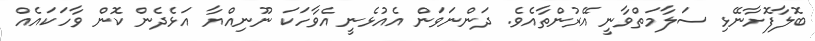
ބޮލާފޮށާނޭޅި ސަލާމަތްވާނީ އޭރުންތާއެވެ. ދަންނަވަން އެއުޅެނީ އެވާހަކަ ނޫނިއްޔާ އަޅެދެން ކޮން ވާހަކައެއް